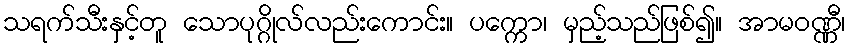
သရက်သီးနှင့်တူ သောပုဂ္ဂိုလ်လည်းကောင်း။ ပက္ကော၊ မှည့်သည်ဖြစ်၍။ အာမဝဏ္ဏီ၊